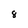
Character: 8